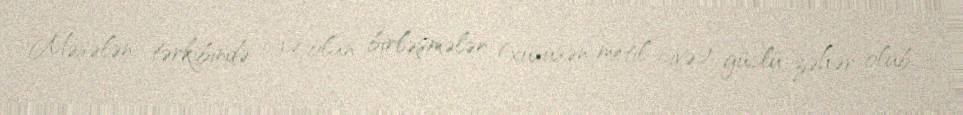
Məsələn, tərkibində civə olan birləşmələr (xüsusən metil-civə) güclü zəhər olub